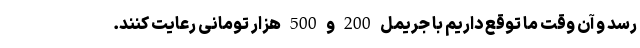
رسد و آن وقت ما توقع داریم با جریمل 200 و 500 هزار تومانی رعایت کنند.